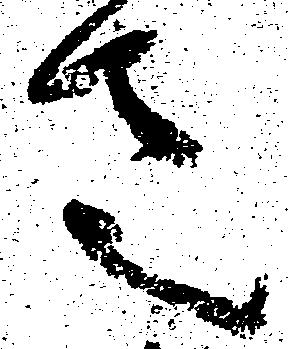
さ